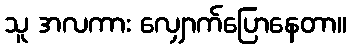
သူ အလကား လျှောက်ပြောနေတာ။